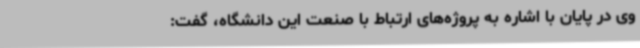
وی در پایان با اشاره به پروژه‌های ارتباط با صنعت این دانشگاه، گفت: